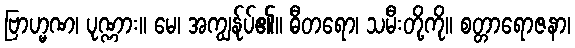
ဗြာဟ္မဏ၊ ပုဏ္ဏား။ မေ၊ အကျွန်ုပ်၏။ ဓီတရော၊ သမီးတို့ကို။ စတ္တာရောဇနာ၊